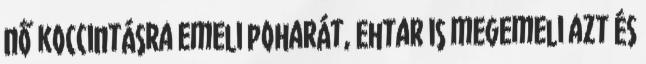
nő koccintásra emeli poharát, Ehtar is megemeli azt és